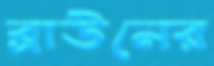
ব্রাউনের